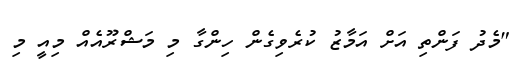
"މެދު ފަންތި އަށް އަމާޒު ކުރެވިގެން ހިންގާ މި މަޝްރޫއެއް މިއީ މި